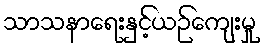
သာသနာရေးနှင့်ယဉ်ကျေးမှု